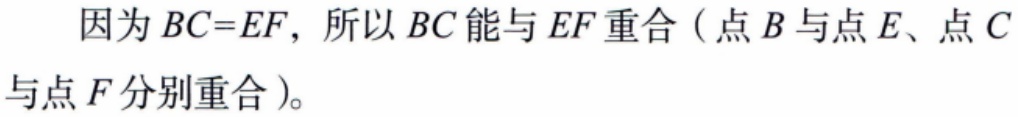
因为 \(BC = EF\)，所以 \(BC\) 能与 \(EF\) 重合（点 \(B\) 与点 \(E\)、点 \(C\) 与点 \(F\) 分别重合）。